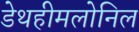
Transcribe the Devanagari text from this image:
डेथहीमलोनिल